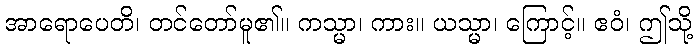
အာရောပေတိ၊ တင်တော်မူ၏။ ကသ္မာ၊ ကား။ ယသ္မာ၊ ကြောင့်။ ဧဝံ၊ ဤသို့